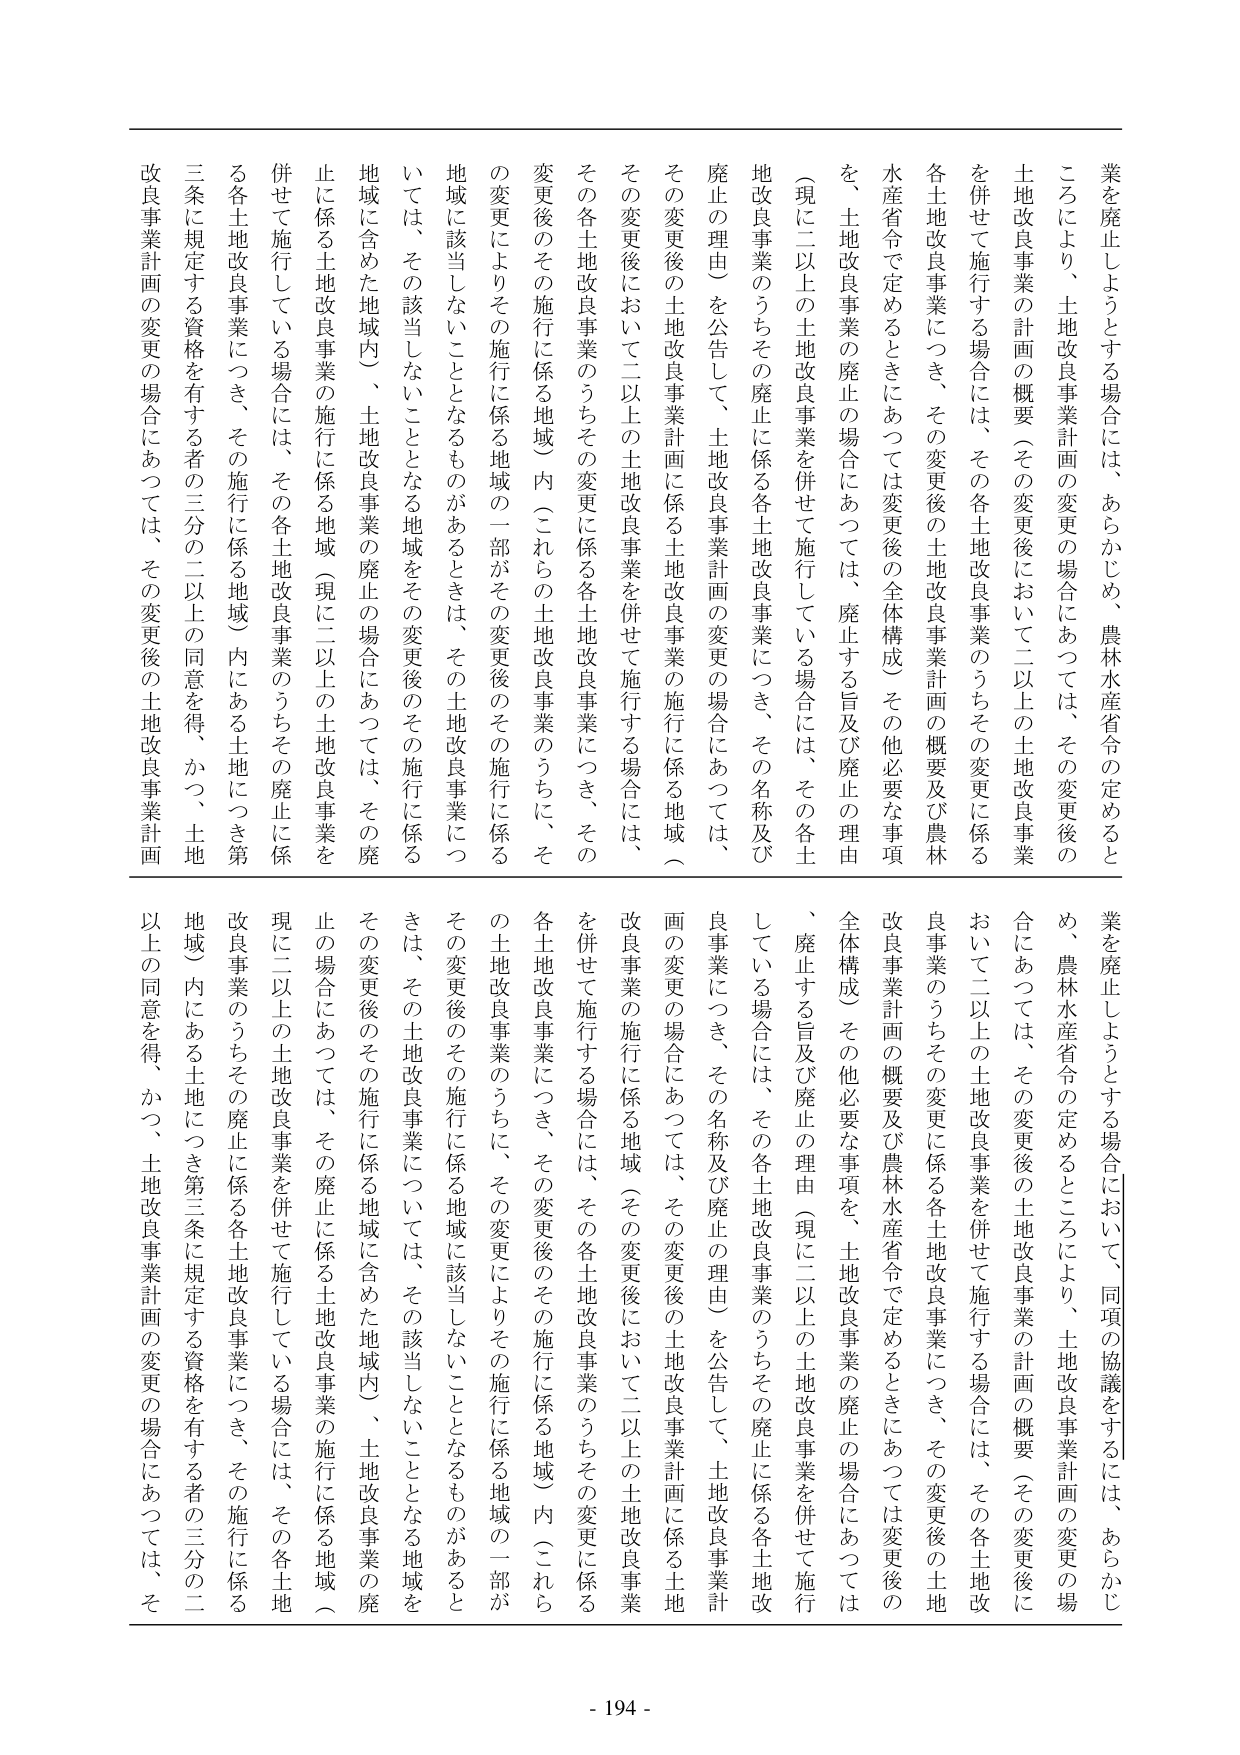
業を廃止しようとする場合には、あらかじめ、農林水産省令の定めるところにより、土地改良事業計画の変更の場合にあっては、その変更後の土地改良事業の計画の概要（その変更後において二以上の土地改良事業を併せて施行する場合には、その各土地改良事業のうちその変更に係る各土地改良事業につき、その変更後の土地改良事業計画の概要及び農林水産省令で定めるときには変更後の全体構成）その他必要な事項を、土地改良事業の廃止の場合にあっては、廃止する旨及び廃止の理由（現に二以上の土地改良事業を併せて施行している場合には、その各土地改良事業のうちその廃止に係る各土地改良事業につき、その名称及び廃止の理由）を公告して、土地改良事業計画の変更の場合にあっては、その変更後の土地改良事業計画に係る土地改良事業の施行に係る地域（その変更後において二以上の土地改良事業を併せて施行する場合には、その各土地改良事業のうちその変更に係る各土地改良事業につき、その変更後のその施行に係る地域）内（これらの土地改良事業のうち、その変更によりその施行に係る地域の一部がその変更後のその施行に係る地域に該当しないこととなるものがあるときは、その土地改良事業について、その該当しないこととなる地域をその変更後のその施行に係る地域に含めた地域内）、土地改良事業の廃止の場合にあっては、その廃止に係る土地改良事業の施行に係る地域（現に二以上の土地改良事業を併せて施行している場合には、その各土地改良事業のうちその廃止に係る各土地改良事業につき、その施行に係る地域）内にある土地につき第三条に規定する資格を有する者の三分の二以上の同意を得、かつ、土地改良事業計画の変更の場合にあっては、その変更後の土地改良事業計画

業を廃止しようとする場合において、同項の協議をするには、あらかじめ、農林水産省令の定めるところにより、土地改良事業計画の変更の場合にあっては、その変更後の土地改良事業の計画の概要（その変更後において二以上の土地改良事業を併せて施行する場合には、その各土地改良事業のうちその変更に係る各土地改良事業につき、その変更後の土地改良事業計画の概要及び農林水産省令で定めるときには変更後の全体構成）その他必要な事項を、土地改良事業の廃止の場合にあっては、廃止する旨及び廃止の理由（現に二以上の土地改良事業を併せて施行している場合には、その各土地改良事業のうちその廃止に係る各土地改良事業につき、その名称及び廃止の理由）を公告して、土地改良事業計画の変更の場合にあっては、その変更後の土地改良事業計画に係る土地改良事業の施行に係る地域（その変更後において二以上の土地改良事業を併せて施行する場合には、その各土地改良事業のうちその変更に係る各土地改良事業につき、その変更後のその施行に係る地域）内（これらの土地改良事業のうち、その変更によりその施行に係る地域の一部がその変更後のその施行に係る地域に該当しないこととなるものがあるときは、その土地改良事業について、その該当しないこととなる地域をその変更後のその施行に係る地域に含めた地域内）、土地改良事業の廃止の場合にあっては、その廃止に係る土地改良事業の施行に係る地域（現に二以上の土地改良事業を併せて施行している場合には、その各土地改良事業のうちその廃止に係る各土地改良事業につき、その施行に係る地域）内にある土地につき第三条に規定する資格を有する者の三分の二以上の同意を得、かつ、土地改良事業計画の変更の場合にあっては、そ

- 194 -